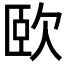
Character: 𣢮